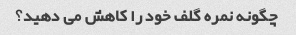
چگونه نمره گلف خود را کاهش می دهید؟